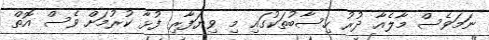
ނަމަވެސް މާލެއާ ދުރު ހިސާބުތަކުގައި މި ވިޔަފާރި ފުޅާ ކުރުމަށް ވެސް އޮތް